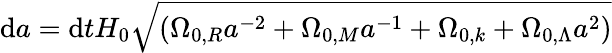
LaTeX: \mathrm{d}a=\mathrm{d}tH_{0}{\sqrt{(\Omega_{0,R}a^{-2}+\Omega_{0,M}a^{-1}+\Omega_{0,k}+\Omega_{0,\Lambda}a^{2})}}